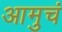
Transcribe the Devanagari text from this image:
आमुचं